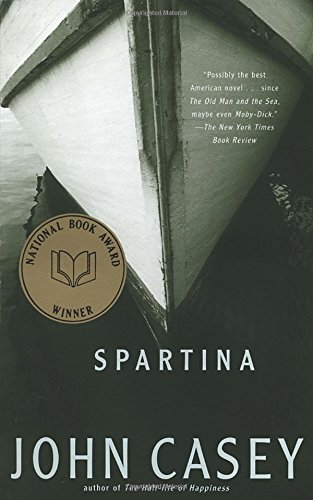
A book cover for Spartina; John Casey; Literature & Fiction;